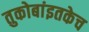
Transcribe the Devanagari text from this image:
तुकोबांइतकेच